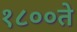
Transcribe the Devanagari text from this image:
१८००ते